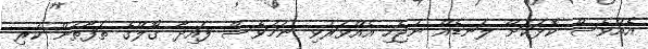
އެއްވެސް ކޮޅަކަށް ލަނޑެއް ނުޖެހި އެއްވަރުވި ނަމަވެސް ފައިދާ ގޯލްގެ ތަފާތުން ކުރި